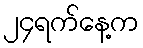
၂၄ရက်နေ့က